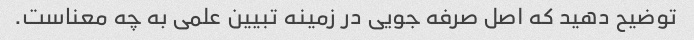
توضیح دهید که اصل صرفه جویی در زمینه تبیین علمی به چه معناست.